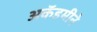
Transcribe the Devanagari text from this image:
अकॅडमीने